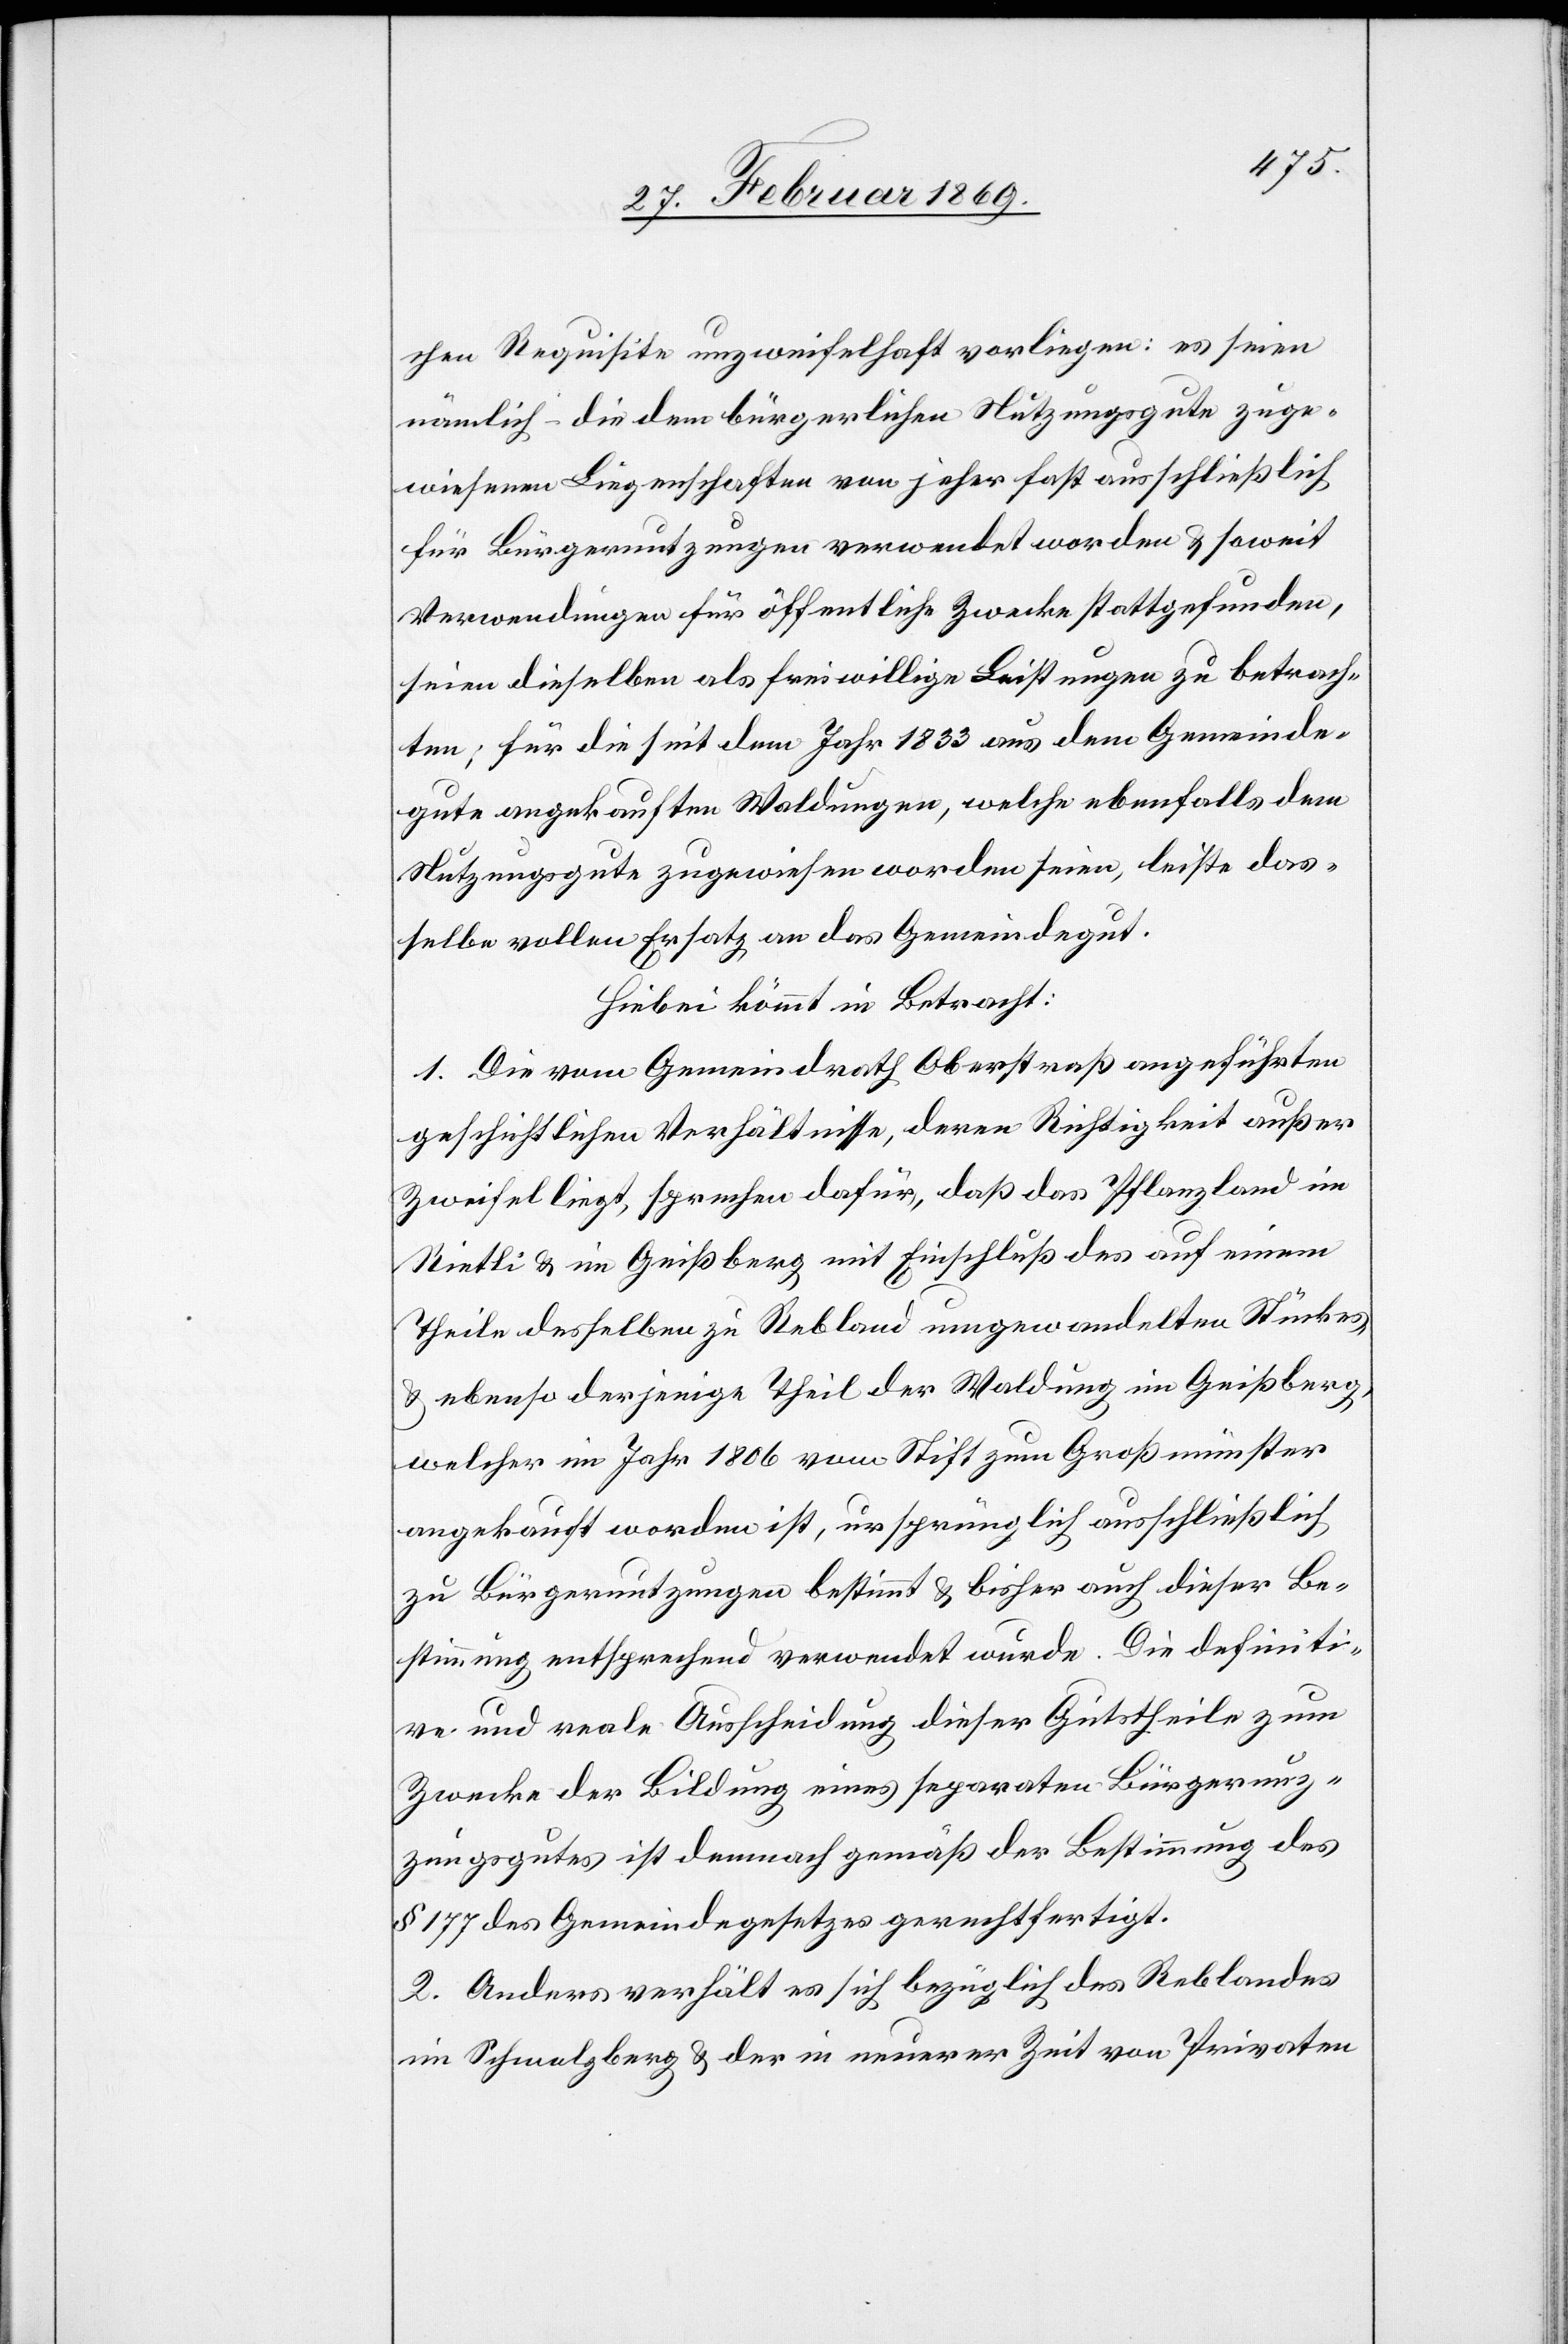
chen Requisite unzweifelhaft vorliegen: es seien
nämlich die dem bürgerlichen Nutzungsgute zuge¬
wiesenen Liegenschaften von jeher fast ausschließlich
für Bürgernutzungen verwendet worden & soweit
Verwendungen für öffentliche Zwecke stattgefunden,
seien dieselben als freiwillige Leistungen zu betrach¬
ten; für die seit dem Jahr 1833 aus dem Gemeinde¬
gute angekauften Waldungen, welche ebenfalls dem
Nutzungsgute zugewiesen worden seien, leiste das¬
selbe vollen Ersatz an das Gemeindegut.
Hiebei kömmt in Betracht:
1. Die vom Gemeindrath Oberstraß angeführten
geschichtlichen Verhältnisse, deren Richtigkeit außer
Zweifel liegt, sprechen dafür, daß das Pflanzland im
Rietli & im Geißberg mit Einschuß des auf einem
Theile desselben zu Rebland umgewandelten Stückes,
& ebenso derjenige Theil der Waldung im Geißberg,
welcher im Jahr 1806 vom Stift zum Großmünster
angekauft worden ist, ursprünglich ausschließlich
zu Bürgernutzungen bestimmt & bisher auch dieser Be¬
stimmung entsprechend verwendet wurde. Die definiti¬
ve und reale Ausscheidung dieser Gutstheile zum
Zwecke der Bildung eines separaten Bürgernut¬
zungsgutes ist demnach gemäß der Bestimmung des
§ 177 des Gemeindegesetzes gerechtfertigt.
2. Anders verhält es sich bezüglich des Reblandes
im Schmalberg & der in neuerer Zeit von Privaten